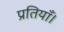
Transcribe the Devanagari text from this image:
प्रतियाँ।